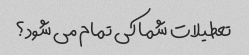
تعطیلات شما کی تمام می شود؟